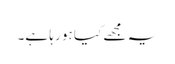
یہ مجھے کیا ہو رہا ہے۔